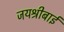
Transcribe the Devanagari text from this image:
जयश्रीबाई